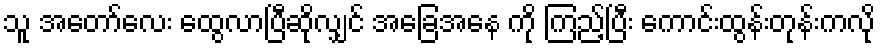
သူ အတော်လေး ထွေလာပြီဆိုလျှင် အခြေအနေ ကို ကြည့်ပြီး ကောင်းထွန်းတုန်းကလို